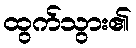
ထွက်သွား၏